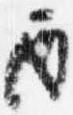
酉